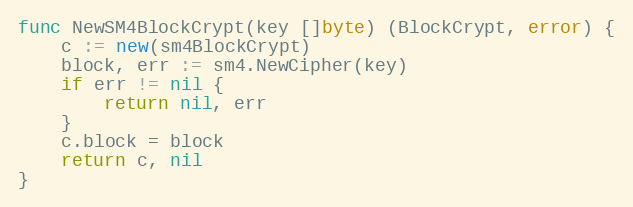
Language: Go
func NewSM4BlockCrypt(key []byte) (BlockCrypt, error) {
	c := new(sm4BlockCrypt)
	block, err := sm4.NewCipher(key)
	if err != nil {
		return nil, err
	}
	c.block = block
	return c, nil
}